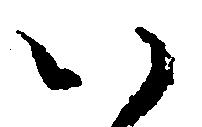
い